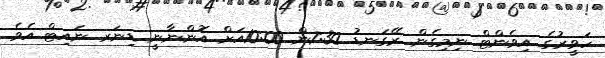
ހަވީރުގެ އިވެންޓް ނިމިގެން ރޭގަނޑު 7:30ން 10:00އަށް އޮންނާނީ ޑިނަރ ނައިޓް އެވެ.